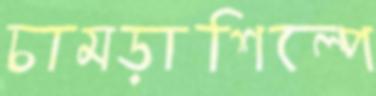
চামড়াশিল্পে